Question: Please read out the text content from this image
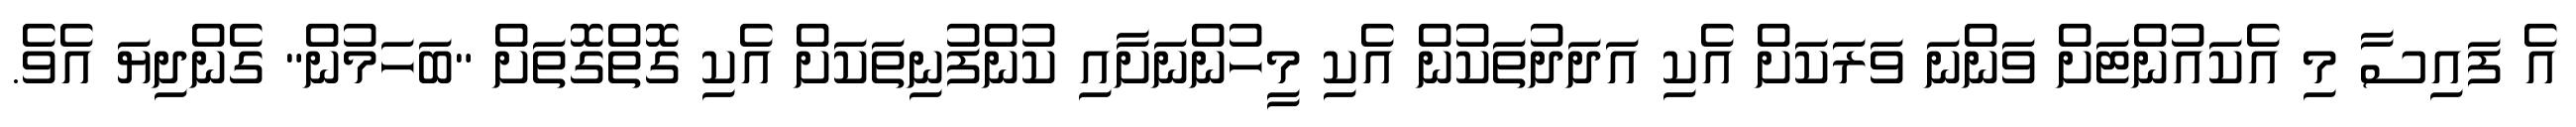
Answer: އެ ފައިސާ މި އެކައުންޓަށް ވަންނަ ވަރަކަށް އެކި އަދަދުތަކުން އެކި މީހުންނަށާއި ކުންފުނިތަކަށް އެކި ގޮތްގޮތަށް "ބަހަމުން" ގެންދިޔަ އެވެ.